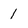
Character: 1